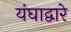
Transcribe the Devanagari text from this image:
यंघाद्वारे